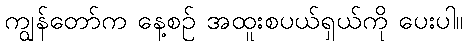
ကျွန်တော်က နေ့စဉ် အထူးစပယ်ရှယ်ကို ပေးပါ။